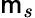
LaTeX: \mathsf{m}_{s}